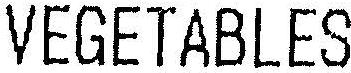
VEGETABLES